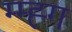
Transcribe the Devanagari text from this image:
म्म्ह्ग